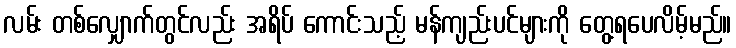
လမ်း တစ်လျှောက်တွင်လည်း အရိပ် ကောင်းသည့် မန်ကျည်းပင်များကို တွေ့ရပေလိမ့်မည်။